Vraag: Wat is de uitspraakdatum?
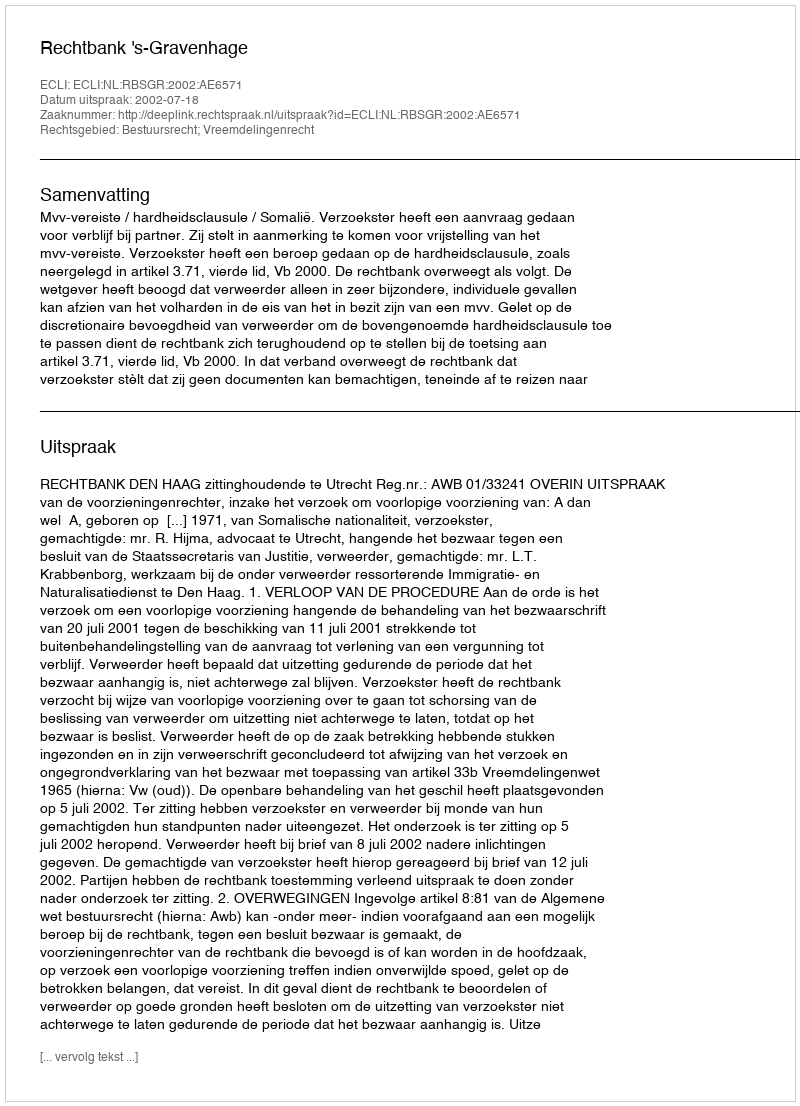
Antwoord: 2002-07-18